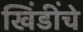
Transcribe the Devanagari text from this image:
खिंडींचे